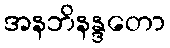
အနဘိနန္ဒတော